Leaving Certificate Examination (including Day School Certificate (Higher) General paper), 1928
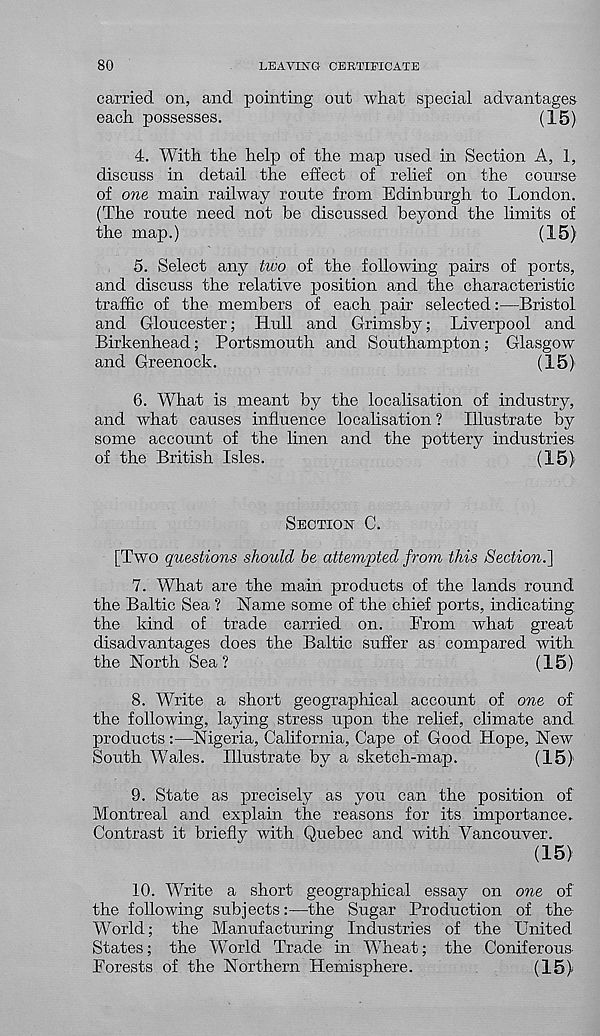
80
LEAVING CERTIFICATE
carried on, and pointing out what special advantages
each possesses.
(15)
4. With the help of the map used in Section A, 1,
discuss in detail the effect of relief on the course
of one main railway route from Edinburgh to London.
(The route need not be discussed beyond the limits of
the map.)
(15)
5. Select any two of the following pairs of ports,
and discuss the relative position and the characteristic
traffic of the members of each pair selected:—Bristol
and Gloucester; Hull and Grimsby; Liverpool and
Birkenhead; Portsmouth and Southampton; Glasgow
and Greenock.
(15)
6. What is meant by the localisation of industry,
and what causes influence localisation ? Illustrate by
some account of the linen and the pottery industries
of the British Isles.
(15)
Section C.
[Two questions should be attempted from this Section.]
7. What are the main products of the lands round
the Baltic Sea ? Name some of the chief ports, indicating
the kind of trade carried on.
From what great
disadvantages does the Baltic suffer as compared with
the North Sea?
(15)
8. Write a short geographical account of one of
the following, laying stress upon the relief, climate and
products :—Nigeria, California, Cape of Good Hope, New
South Wales. Illustrate by a sketch-map.
(15)
9. State as precisely as you can the position of
Montreal and explain the reasons for its importance.
Contrast it briefly with Quebec and with Vancouver.
(15)
10. Write a short geographical essay on one of
the following subjects:—the Sugar Production of the
World; the Manufacturing Industries of the United
States; the World Trade in Wheat; the Coniferous-
Forests of the Northern Hemisphere.
(15)